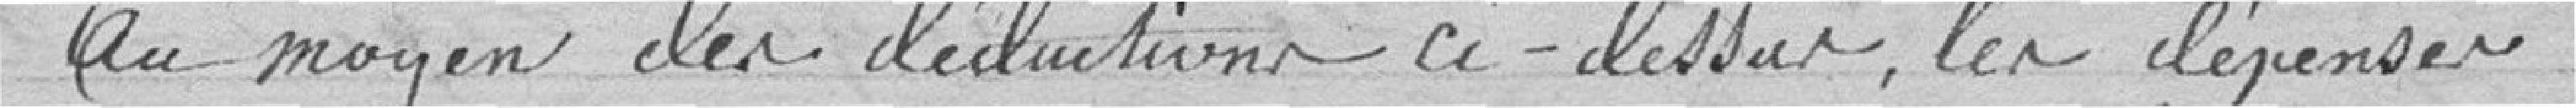
Au moyen des déclarations ci-dessus, les dépenses